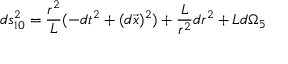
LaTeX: d s _ { 1 0 } ^ { 2 } = \frac { r ^ { 2 } } { L } ( - d t ^ { 2 } + ( d \vec { x } ) ^ { 2 } ) + \frac { L } { r ^ { 2 } } d r ^ { 2 } + L d \Omega _ { 5 }